Report on vaccination in Madras 1877-1894 - 1877-1894
Year: 1877
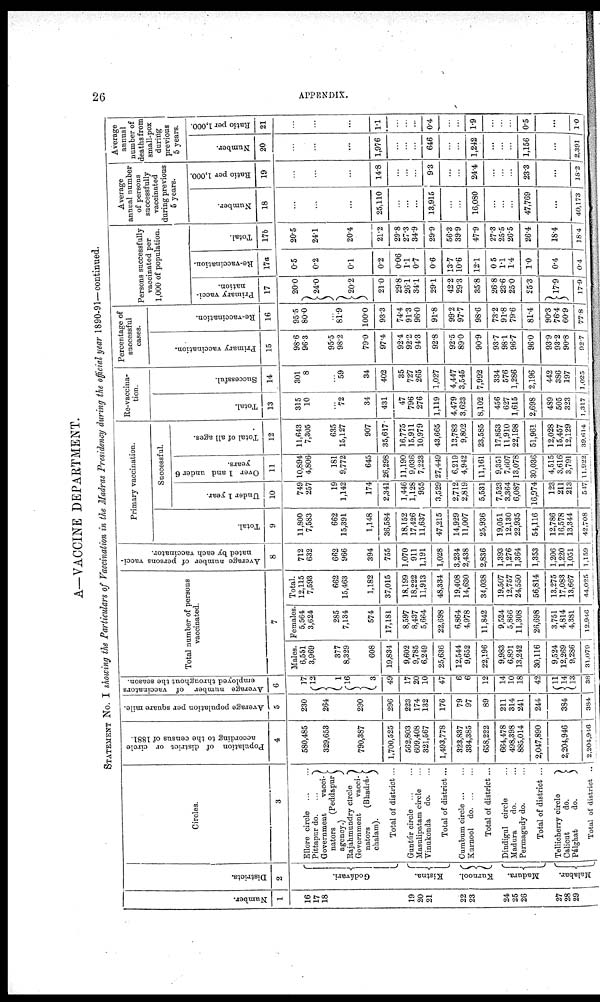
26
APPENDIX.
A—VACCINE DEPARTMENT.
STATEMENT No. I showing the Particulars of Vaccination in the Madras Presidency during the official year 1890-91—continued.
Number.
1
16
17
18
19
20
21
22
23
24
25
26
27
28
29
Districts.
2
Godávari.
Kistna.
Kurnool.
Madura.
Malabar.
Circles.
3
Ellore circle
...
...
Pittapur do. ...
Government
vacci¬
nators
(Peddapur
agency.)
Rajahmundry circle
Government vacci¬
nators (Bhadrá¬
chalam).
Total of district ...
Guntúr circle ... ...
Masulipatam circle ...
Vinukonda
do. ...
Total of district ...
Cumbum circle ...
Kurnool do. ...
Total of district ...
Dindigul circle ...
Madura
do. ...
Permagudy do. ...
Total of district ...
Tellicherry circle
Calicut
do.
Pálghat
do.
Total of district ..
Population of district or circle
according to the census of 1881.
4
580,485
329,653
790,387
1,700,525
562,803
609,408
321,567
1,493,778
323,837
334,385
658,222
664,478
498,398
885,014
2,047,890
2,204,946
2,204,946
Average population per square mile.
5
230
264
290
296
223
174
132
176
79
97
89
211
314
241
244
384
384
Average number of vaccinators
employed throughout the season.
6
17
12
1
16
3
49
17
20
10
47
6
6
12
14
10
18
42
11
14
13
38
Total number of persons
vaccinated.
7
Males.
6,551
3,969
377
8,329
608
19,834
9,602
9,785
6,249
25,636
12,544
9,652
22,196
9,983
6,891
13,242
30,116
9,524
12,269
9,286
31,079
Females.
5,564
3,624
285
7,134
574
17,181
8,597
8,437
5,664
22,698
6,864
4,978
11,842
9,524
5,866
11,308
26,698
3,751
4,814
4,381
12,946
Total.
12,115
7,593
662
15,463
1,182
37,015
18,199
18,222
11,913
48,334
19,408
14,630
34,038
19,507
12,757
24,550
56,814
13,275
17,083
13,667
44,025
Average number of persons vacci-
nated by each vaccinator.
8
712
632
662
966
394
755
1,070
911
1,191
1,028
3,234
2,438
2,836
1,393
1,276
1,364
1,353
1,206
1,220
1,051
1,159
Primary vaccination.
Total.
9
11,800
7,583
662
15,391
1,148
36,584
18,152
17,426
11,637
47,215
14,929
11,007
25,936
19,051
12,130
22,935
54,116
12,786
16,578
13,344
42,708
Successful.
Under 1 year.
10
749
257
19
1,142
174
2,341
1,446
1,128
955
3,529
2,712
2,819
5,531
7,523
3,364
6,087
16,974
123
211
213
547
Over 1 and under 6
years.
11
10,894
4,806
181
9,772
645
26,298
11,190
9,036
7,223
27,449
6,219
4,942 11,161
9,351
7,607
13,078
30,036
4,515
3,616
3,791
11,922
Total of all ages.
12
11,643
7,305
635
15,127
907
35,617
16,775
15,911
10,979
43,665
13,783
9,802
23,585
17,853
11,910
22,198
51,961
12,028
15,457
12,129
39,614
Re-vaccina-
tion.
Total.
13
315
10
...
72
34
431
47
796
276
1,119
4,479
3,623
8,102
456
627
1,615
2,698
489
505
323
1,317
Successful.
14
301
8
...
59
34
402
35
727
265
1,027
4,447
3,545
7,992
334
576
1,286
2,196
442
386
197
1,025
Percentage of
successful
cases.
Primary vaccination.
15
98.6
96.3
95.5
98.2
79.0
97.4
92.4
92.2
94.3
92.8
92.5
89.0
90.9
93.7
98.1
96.7
96.0
93.9
93.2
90.8
92.7
Re-vaccination.
16
95.5
80.0
...
81.9
100.0
93.3
74.4
91.3
96.0
91.8
99.2
97.7
98.6
73.2
91.8
79.6
81.4
90.3
76.4
60.9
77.8
Persons successfully
vaccinated per
1,000 of population.
Primary vacci-
nation.
17
20.0
24.0
20.2
21.0
29.8
26.1
34.1
29.1
42.2
29.3
35.8
26.8
23.6
25.0
25.3
l7.9
17.9
Re-vaccination.
17a
0.5
0.2
0.1
0.2
0.06
1.1
0.7
0.6
13.7
10.6
12.1
0.5
1.1
1.4
1.0
0.4
0.4
Total.
17b
20.5
24.1
20.4
21.2
29.8
27.3
34.9
29.9
56.3
39.9
47.9
27.3
25.5
26.5
26.4
18.4
18.4
annual number
of persons
successfully
vaccinated
during previous
5 years.
Number.
18
...
...
...
25,110
...
...
...
13,915
...
...
16,080
...
...
...
47,769
...
40,173
Ratio per 1,000.
19
...
...
...
14.8
...
...
...
9.3
...
...
24.4
...
...
...
23.3
...
18.2
Average
annual
number of
deaths from
small-pox
during
previous
5 years.
Number.
20
...
...
...
1,976
...
...
...
646
...
...
1,242
...
...
...
1,156
...
2,391
Ratio per 1,000.
21
...
...
...
1.1
...
...
...
0.4
...
...
1.9
...
...
...
0.5
...
1.0